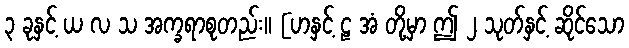
၃ ခုနှင့် ယ လ သ အက္ခရာစုတည်း။ [ဟနှင့် ဠ အံ တို့မှာ ဤ ၂ သုတ်နှင့် ဆိုင်သော